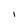
Character: I